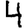
Digit: 4